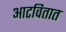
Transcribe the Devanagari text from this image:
आटवितात